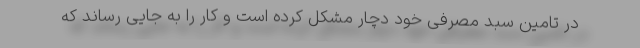
در تامین سبد مصرفی خود دچار مشکل کرده است و کار را به جایی رساند که